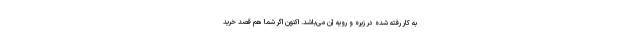
به کار رفته شده در زیره و رویه آن می‌باشد. اکنون اگر شما هم قصد خرید